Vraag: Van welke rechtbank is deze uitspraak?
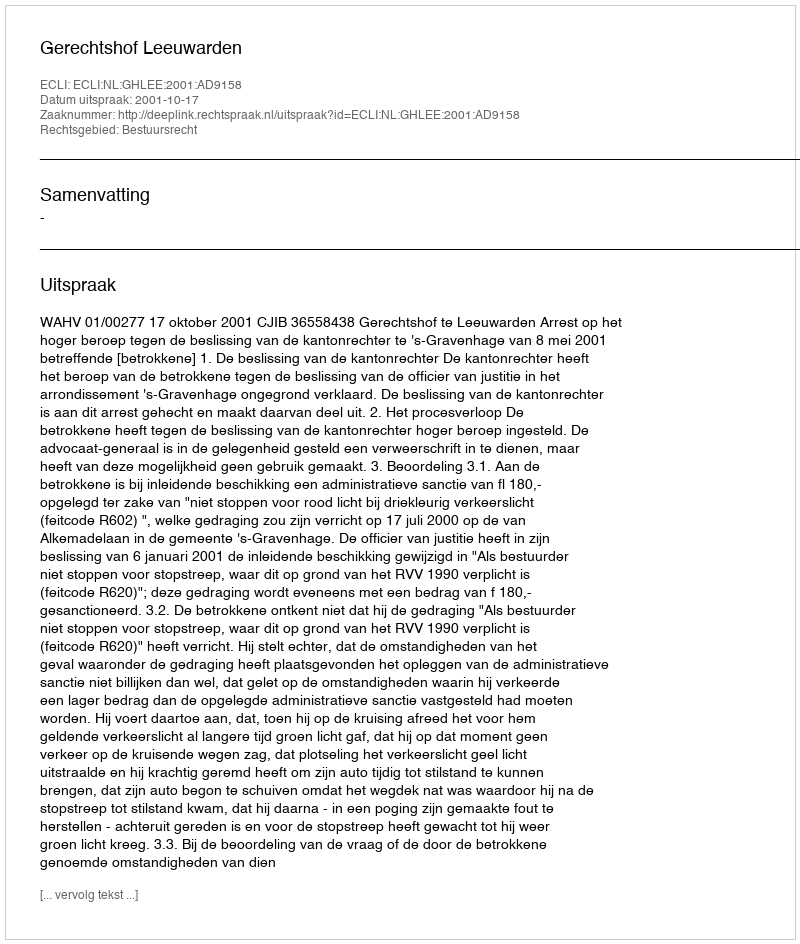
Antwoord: Gerechtshof Leeuwarden